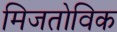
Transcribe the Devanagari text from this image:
मिजतोविक